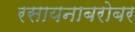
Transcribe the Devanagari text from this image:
रसायनाबरोबर